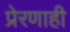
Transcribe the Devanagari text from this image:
प्रेरणाही